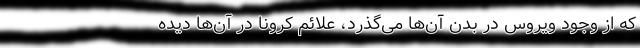
که از وجود ویروس در بدن آن‌ها می‌گذرد، علائم کرونا در آن‌ها دیده